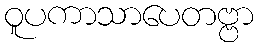
ဝူပကာသာပေတဗ္ဗာ